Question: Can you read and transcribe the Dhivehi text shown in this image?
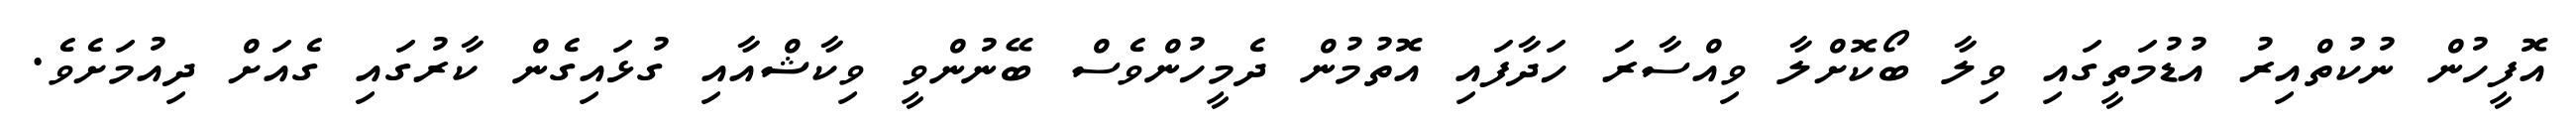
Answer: އޮފީހުން ނުކުތްއިރު އުޑުމަތީގައި ވިލާ ބޯކޮށްލާ ވިއްސާރަ ހަދާފައި އޮތުމުން ދެމީހުންވެސް ބޭނުންވީ ވިކާޝްއާއި ގުޅައިގެން ކާރުގައި ގެއަށް ދިއުމަށެވެ.